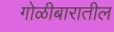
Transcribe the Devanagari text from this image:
गोळीबारातील